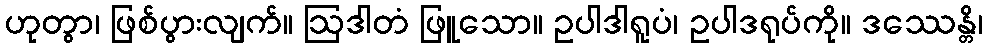
ဟုတွာ၊ ဖြစ်ပွားလျက်။ ဩဒါတံ ဖြူသော။ ဥပါဒါရူပံ၊ ဥပါဒရုပ်ကို။ ဒဿေန္တိ၊